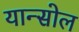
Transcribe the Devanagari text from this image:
यान्सोल